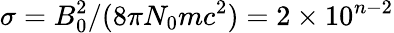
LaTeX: \sigma=B_{0}^{2}/(8\pi N_{0}mc^{2})=2\times 10^{n-2}